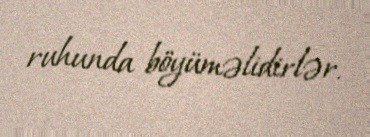
ruhunda böyüməlidirlər.